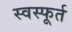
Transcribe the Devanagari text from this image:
स्वस्फूर्त